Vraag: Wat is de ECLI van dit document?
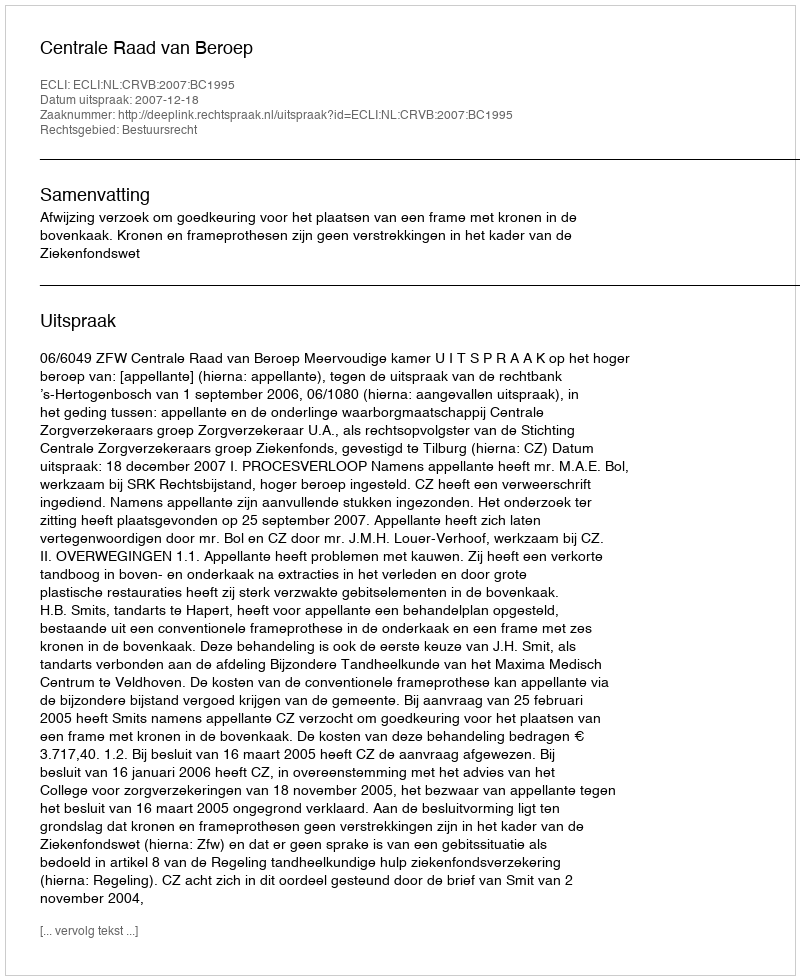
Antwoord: ECLI:NL:CRVB:2007:BC1995